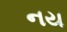
નય